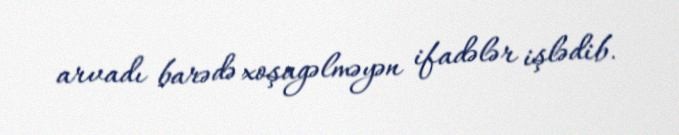
arvadı barədə xoşagəlməyən ifadələr işlədib.